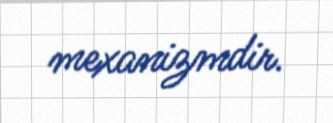
mexanizmdir.